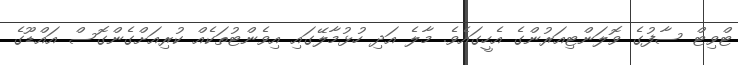
ޓްވިޓް ސާފުގެ ވޮލަންޓިއަރުންގެ އެހީގައެވެ. މާލެ އަދި ހުޅުމާލޭގައި އިވެންޓުތަކެއް ކުރިއަށްގެންގޮސް އައްޑޫގެ